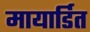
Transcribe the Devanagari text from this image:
मायार्डित